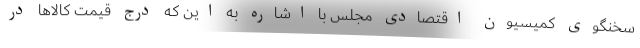
سخنگوی کمیسیون اقتصادی مجلس با اشاره به این که درج قیمت کالا‌ها در